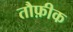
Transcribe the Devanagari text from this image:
तौफ़ीक